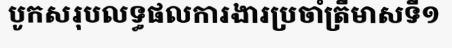
បូកសរុបលទ្ធផលការងារប្រចាំត្រីមាសទី១